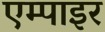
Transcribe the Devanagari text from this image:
एम्पाइर